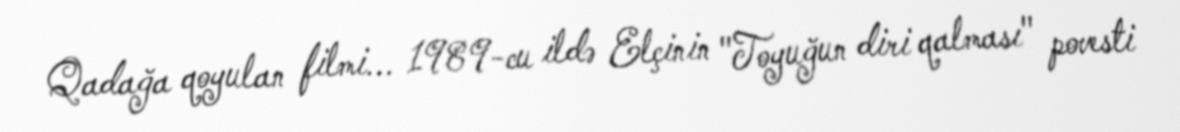
Qadağa qoyulan filmi... 1989-cu ildə Elçinin "Toyuğun diri qalması" povesti